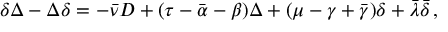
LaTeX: \delta \Delta - \Delta \delta = - { \bar { \nu } } D + ( \tau - { \bar { \alpha } } - \beta ) \Delta + ( \mu - \gamma + { \bar { \gamma } } ) \delta + { \bar { \lambda } } { \bar { \delta } } \, ,